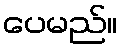
ပေမည်။